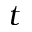
t